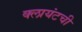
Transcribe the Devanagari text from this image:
क्लायंटची